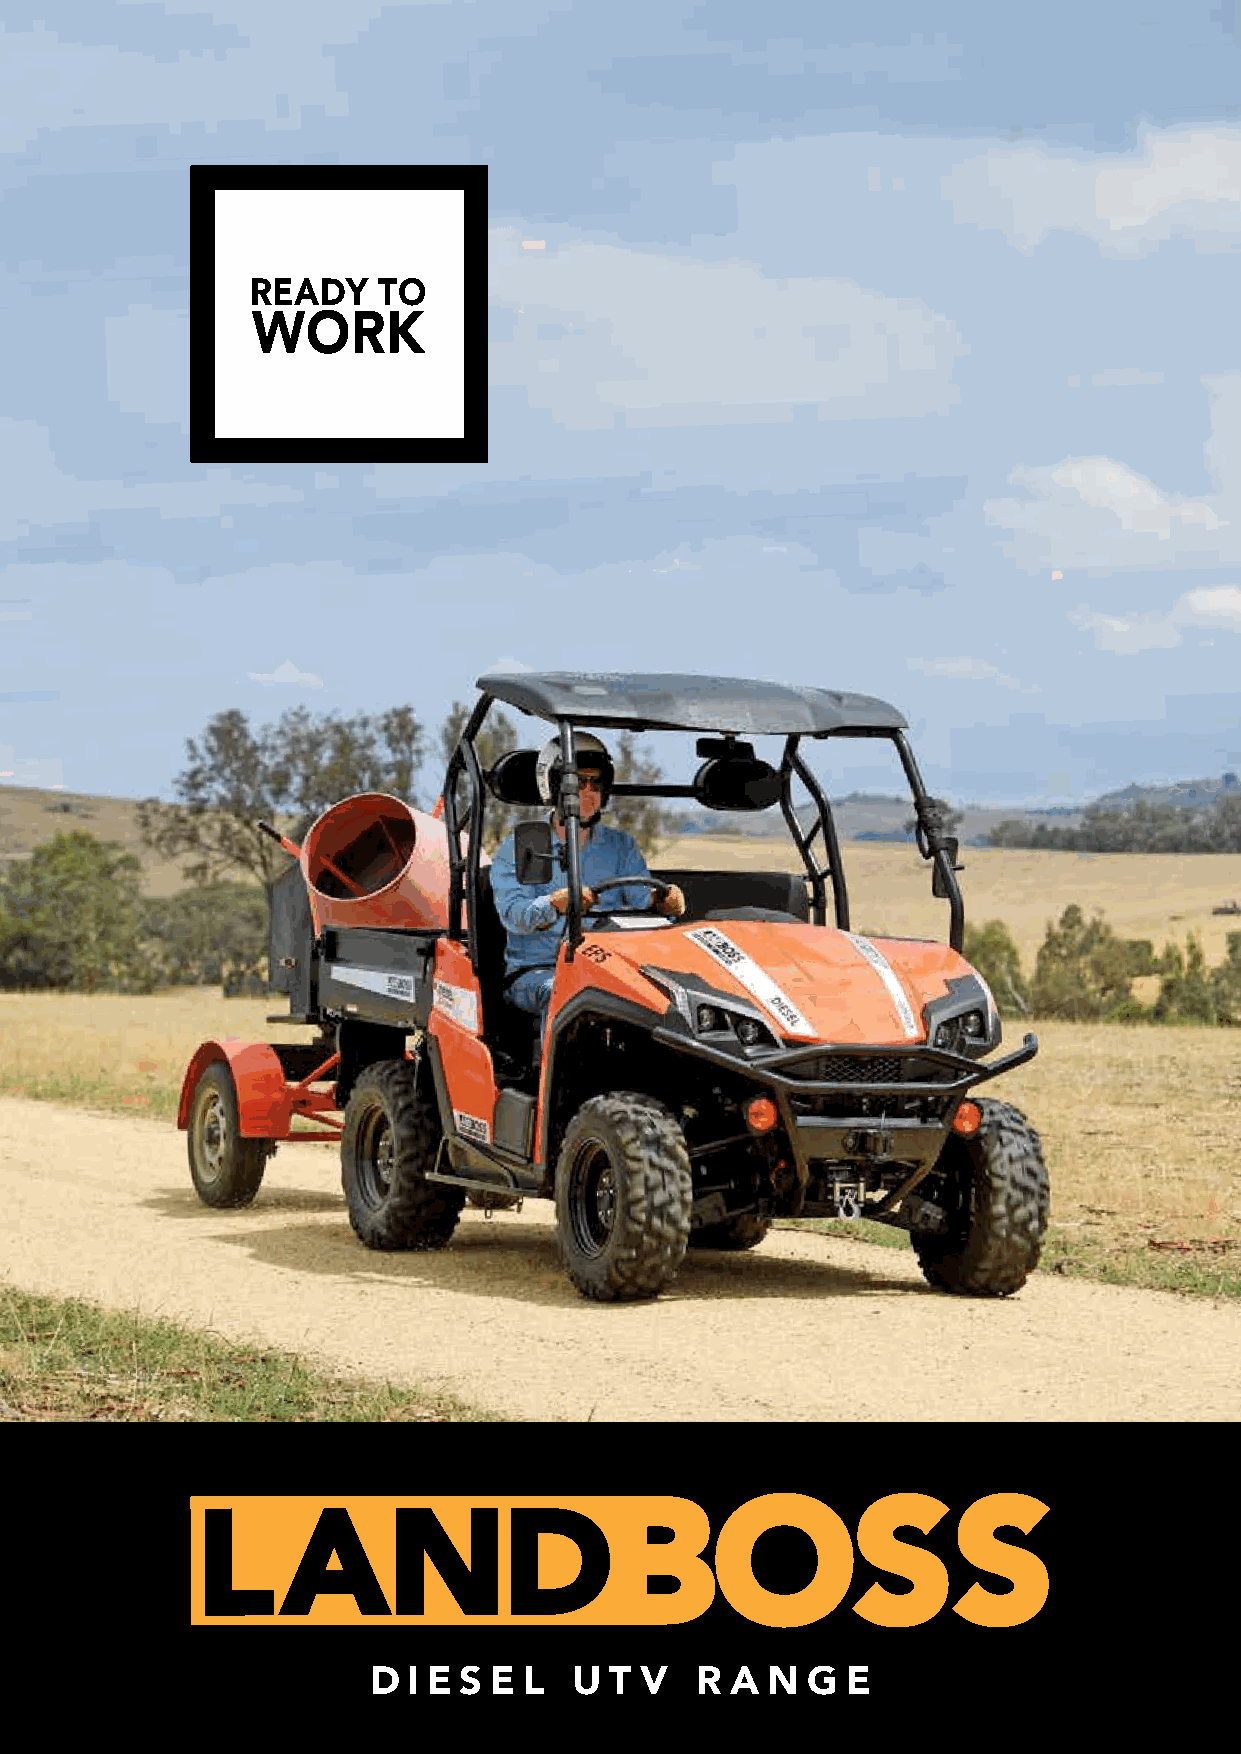
READY   TO
 WORK
 D  I E S E L  U T V   R A  N G  E